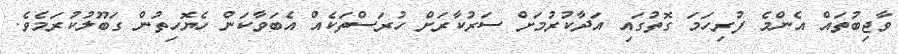
ވާޖިބުތައް އެންމެ ފުރިހަމަ ގޮތުގައި އަދާކުރުމަށް ސަރުކާރަށް ހުރަސްތަކެއް އެބަވާކަން ހެޔޮހިތުން ގަބޫލުކުރަމެވެ.